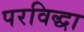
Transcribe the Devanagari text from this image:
परविद्धा